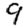
Digit: 9